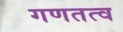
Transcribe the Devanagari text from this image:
गणतत्व